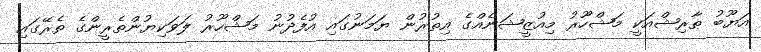
އަޔޫބު ޠާރިޝްއަކީ މަޝްހޫރު މިއުޒީޝަނެއްގެ އިތުރުން ޔަމަނުގައި އުފެދުނު މަޝްހޫރު ލަވަކިޔުންތެރީންގެ ތެރޭގައި